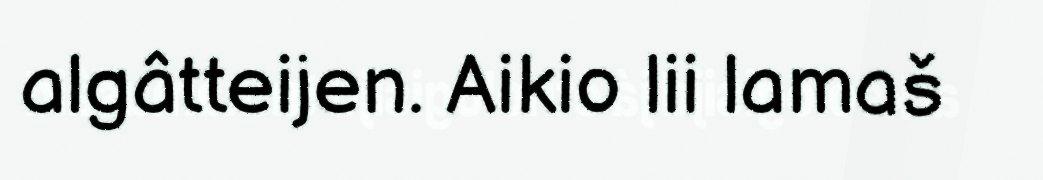
algâtteijen. Aikio lii lamaš